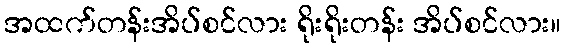
အထက်တန်းအိပ်စင်လား ရိုးရိုးတန်း အိပ်စင်လား။